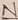
Text: N